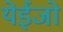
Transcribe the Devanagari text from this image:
येईजो